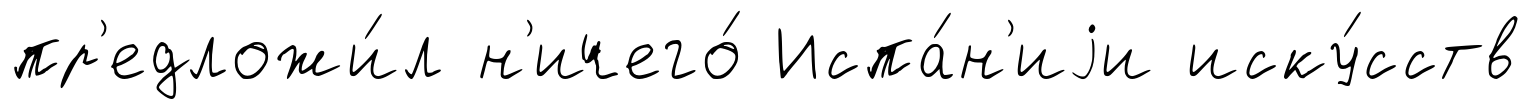
пр'едложи́л н'ичего́ Испа́н'иjи иску́сств